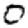
Digit: 0